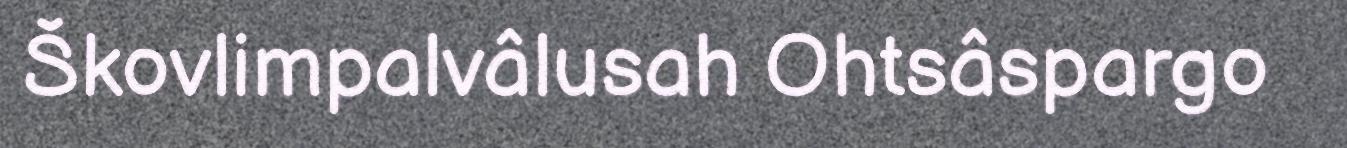
Škovlimpalvâlusah Ohtsâspargo